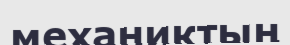
механиктың